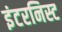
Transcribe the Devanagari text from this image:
इंटरनिस्ट